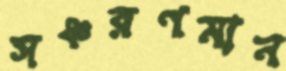
সঞ্চরণমান